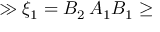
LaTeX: \gg \xi _ { 1 } = B _ { 2 } \, A _ { 1 } B _ { 1 } \geq